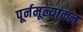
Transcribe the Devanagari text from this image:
पूर्नमूल्यांकन